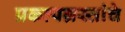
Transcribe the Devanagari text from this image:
प्रकल्पग्रस्तांचे